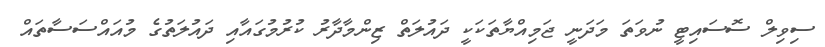
ސިވިލް ސޮސައިޓީ ނުވަތަ މަދަނީ ޖަމިއްޔާތަކަކީ ދައުލަތް ޒިންމާދާރު ކުރުމުގައާއި ދައުލަތުގެ މުއައްސަސާތައް